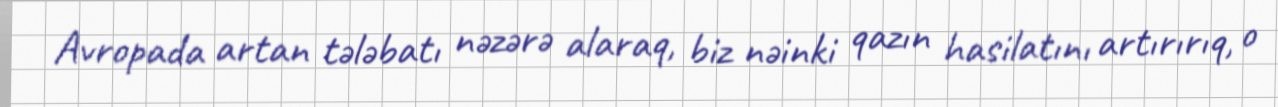
Avropada artan tələbatı nəzərə alaraq, biz nəinki qazın hasilatını artırırıq, o